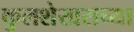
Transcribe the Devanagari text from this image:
कुलशेखराच्या